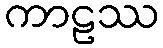
ကာဠဿ